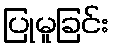
ပြုမူခြင်း